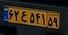
۶۲ع۵۴۱۵۹